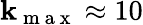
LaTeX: \mathbf{k}_{\mathrm{{~m~a~x~}}}\approx10